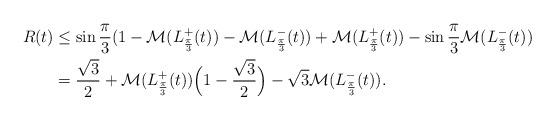
LaTeX: \begin{align*}R(t) &\leq\sin\frac{\pi}{3}(1-{\mathcal M}(L^+_{\frac{\pi}{3}}(t))- {\mathcal M}(L^-_{\frac{\pi}{3}}(t))+ {\mathcal M}(L^+_{\frac{\pi}{3}}(t))-\sin\frac{\pi}{3} {\mathcal M}(L^-_{\frac{\pi}{3}}(t)) \\&= \frac{\sqrt{3}}{2} + {\mathcal M}(L^+_{\frac{\pi}{3}}(t)) \Big (1-\frac{\sqrt{3}}{2} \Big) - \sqrt{3}{\mathcal M}(L^-_{\frac{\pi}{3}}(t)).\end{align*}